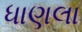
ધાણલા